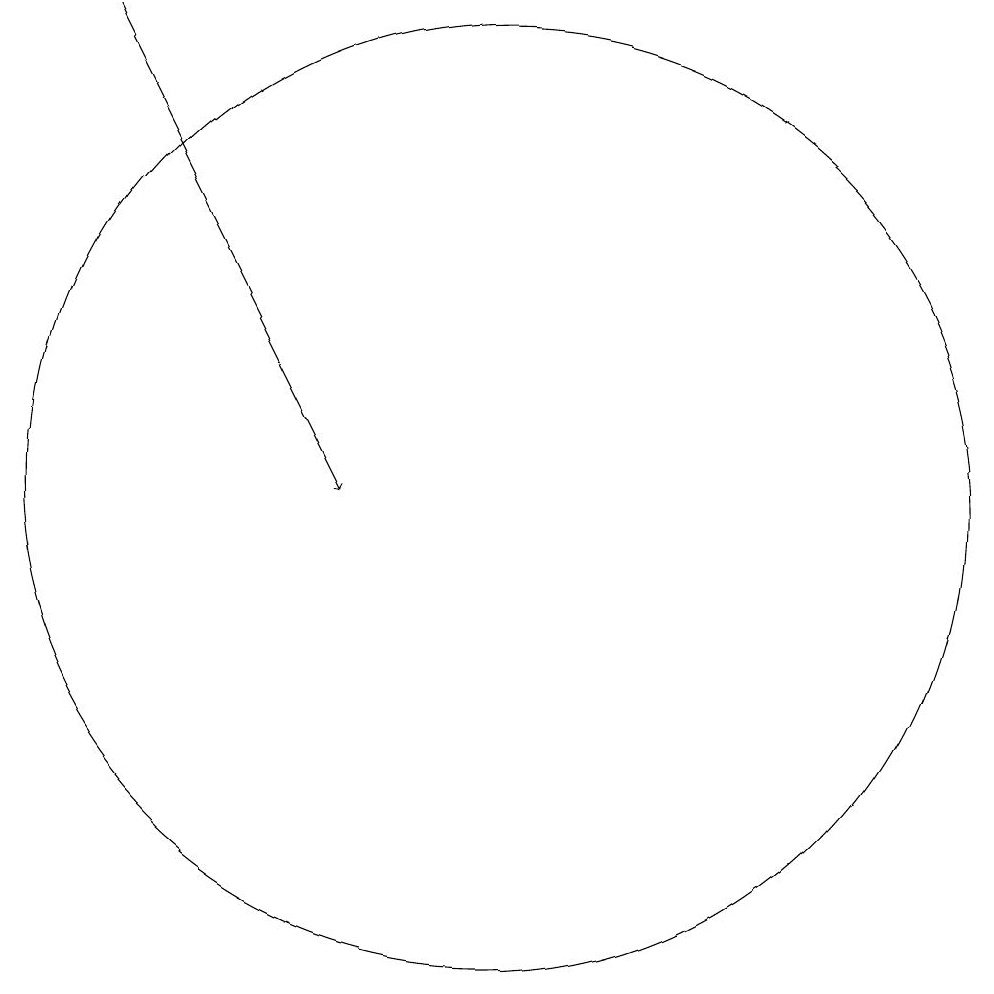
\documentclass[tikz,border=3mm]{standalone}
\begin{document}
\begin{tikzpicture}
\draw (11,11) circle (0);
\draw[->] (6,17) -- (9,11);
\draw (11,11) circle (6);
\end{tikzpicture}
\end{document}